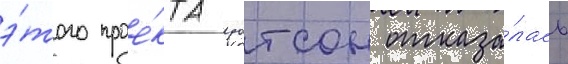
э́того прое́кта уотсон отказа́лась